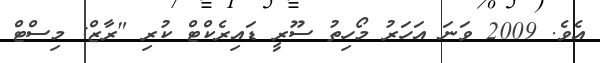
އެވެ. 2009 ވަނަ އަހަރު މޯހިތު ސޫރީ ޑައިރެކްޓް ކުރި "ރާޒް: މިސްޓް